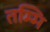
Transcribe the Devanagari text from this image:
तम्मि